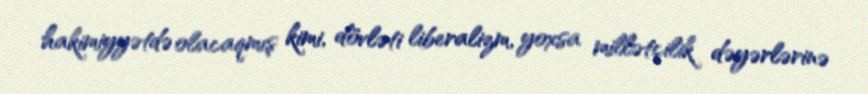
hakimiyyətdə olacaqmış kimi, dövləti liberalizm, yoxsa millətçilik dəyərlərinə